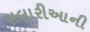
સલારીઆની